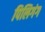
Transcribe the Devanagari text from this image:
पिलिगंग